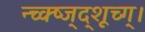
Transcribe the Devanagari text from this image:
न्च्क्ष्ज्द्शूच्ग्।